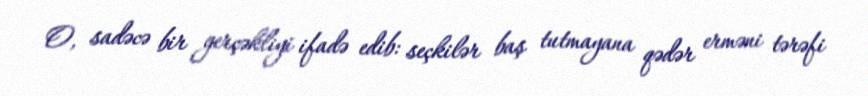
O, sadəcə bir gerçəkliyi ifadə edib: seçkilər baş tutmayana qədər erməni tərəfi